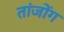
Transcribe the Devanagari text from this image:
तांजोंग